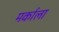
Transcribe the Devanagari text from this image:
मर्काला